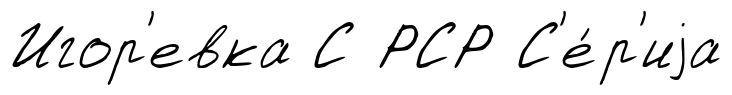
Игор'евка С РСР С'е́р'иjа